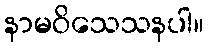
နာမဝိသေသနပါ။